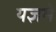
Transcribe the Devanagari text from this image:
यज्ञमे